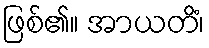
ဖြစ်၏။ အာယတိံ၊